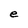
Character: e